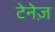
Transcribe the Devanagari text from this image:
टेनेज़